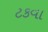
ટકવા